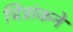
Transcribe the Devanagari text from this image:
चित्रांकने